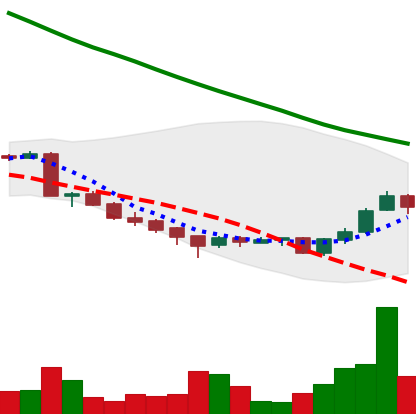
Ticker: ADA-USD
Chart end date: 2018-09-22
Forward return: 3.375%
Label: up_3_5